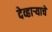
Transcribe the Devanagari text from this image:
देव्हाऱ्याचे